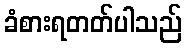
ခံစားရတတ်ပါသည်